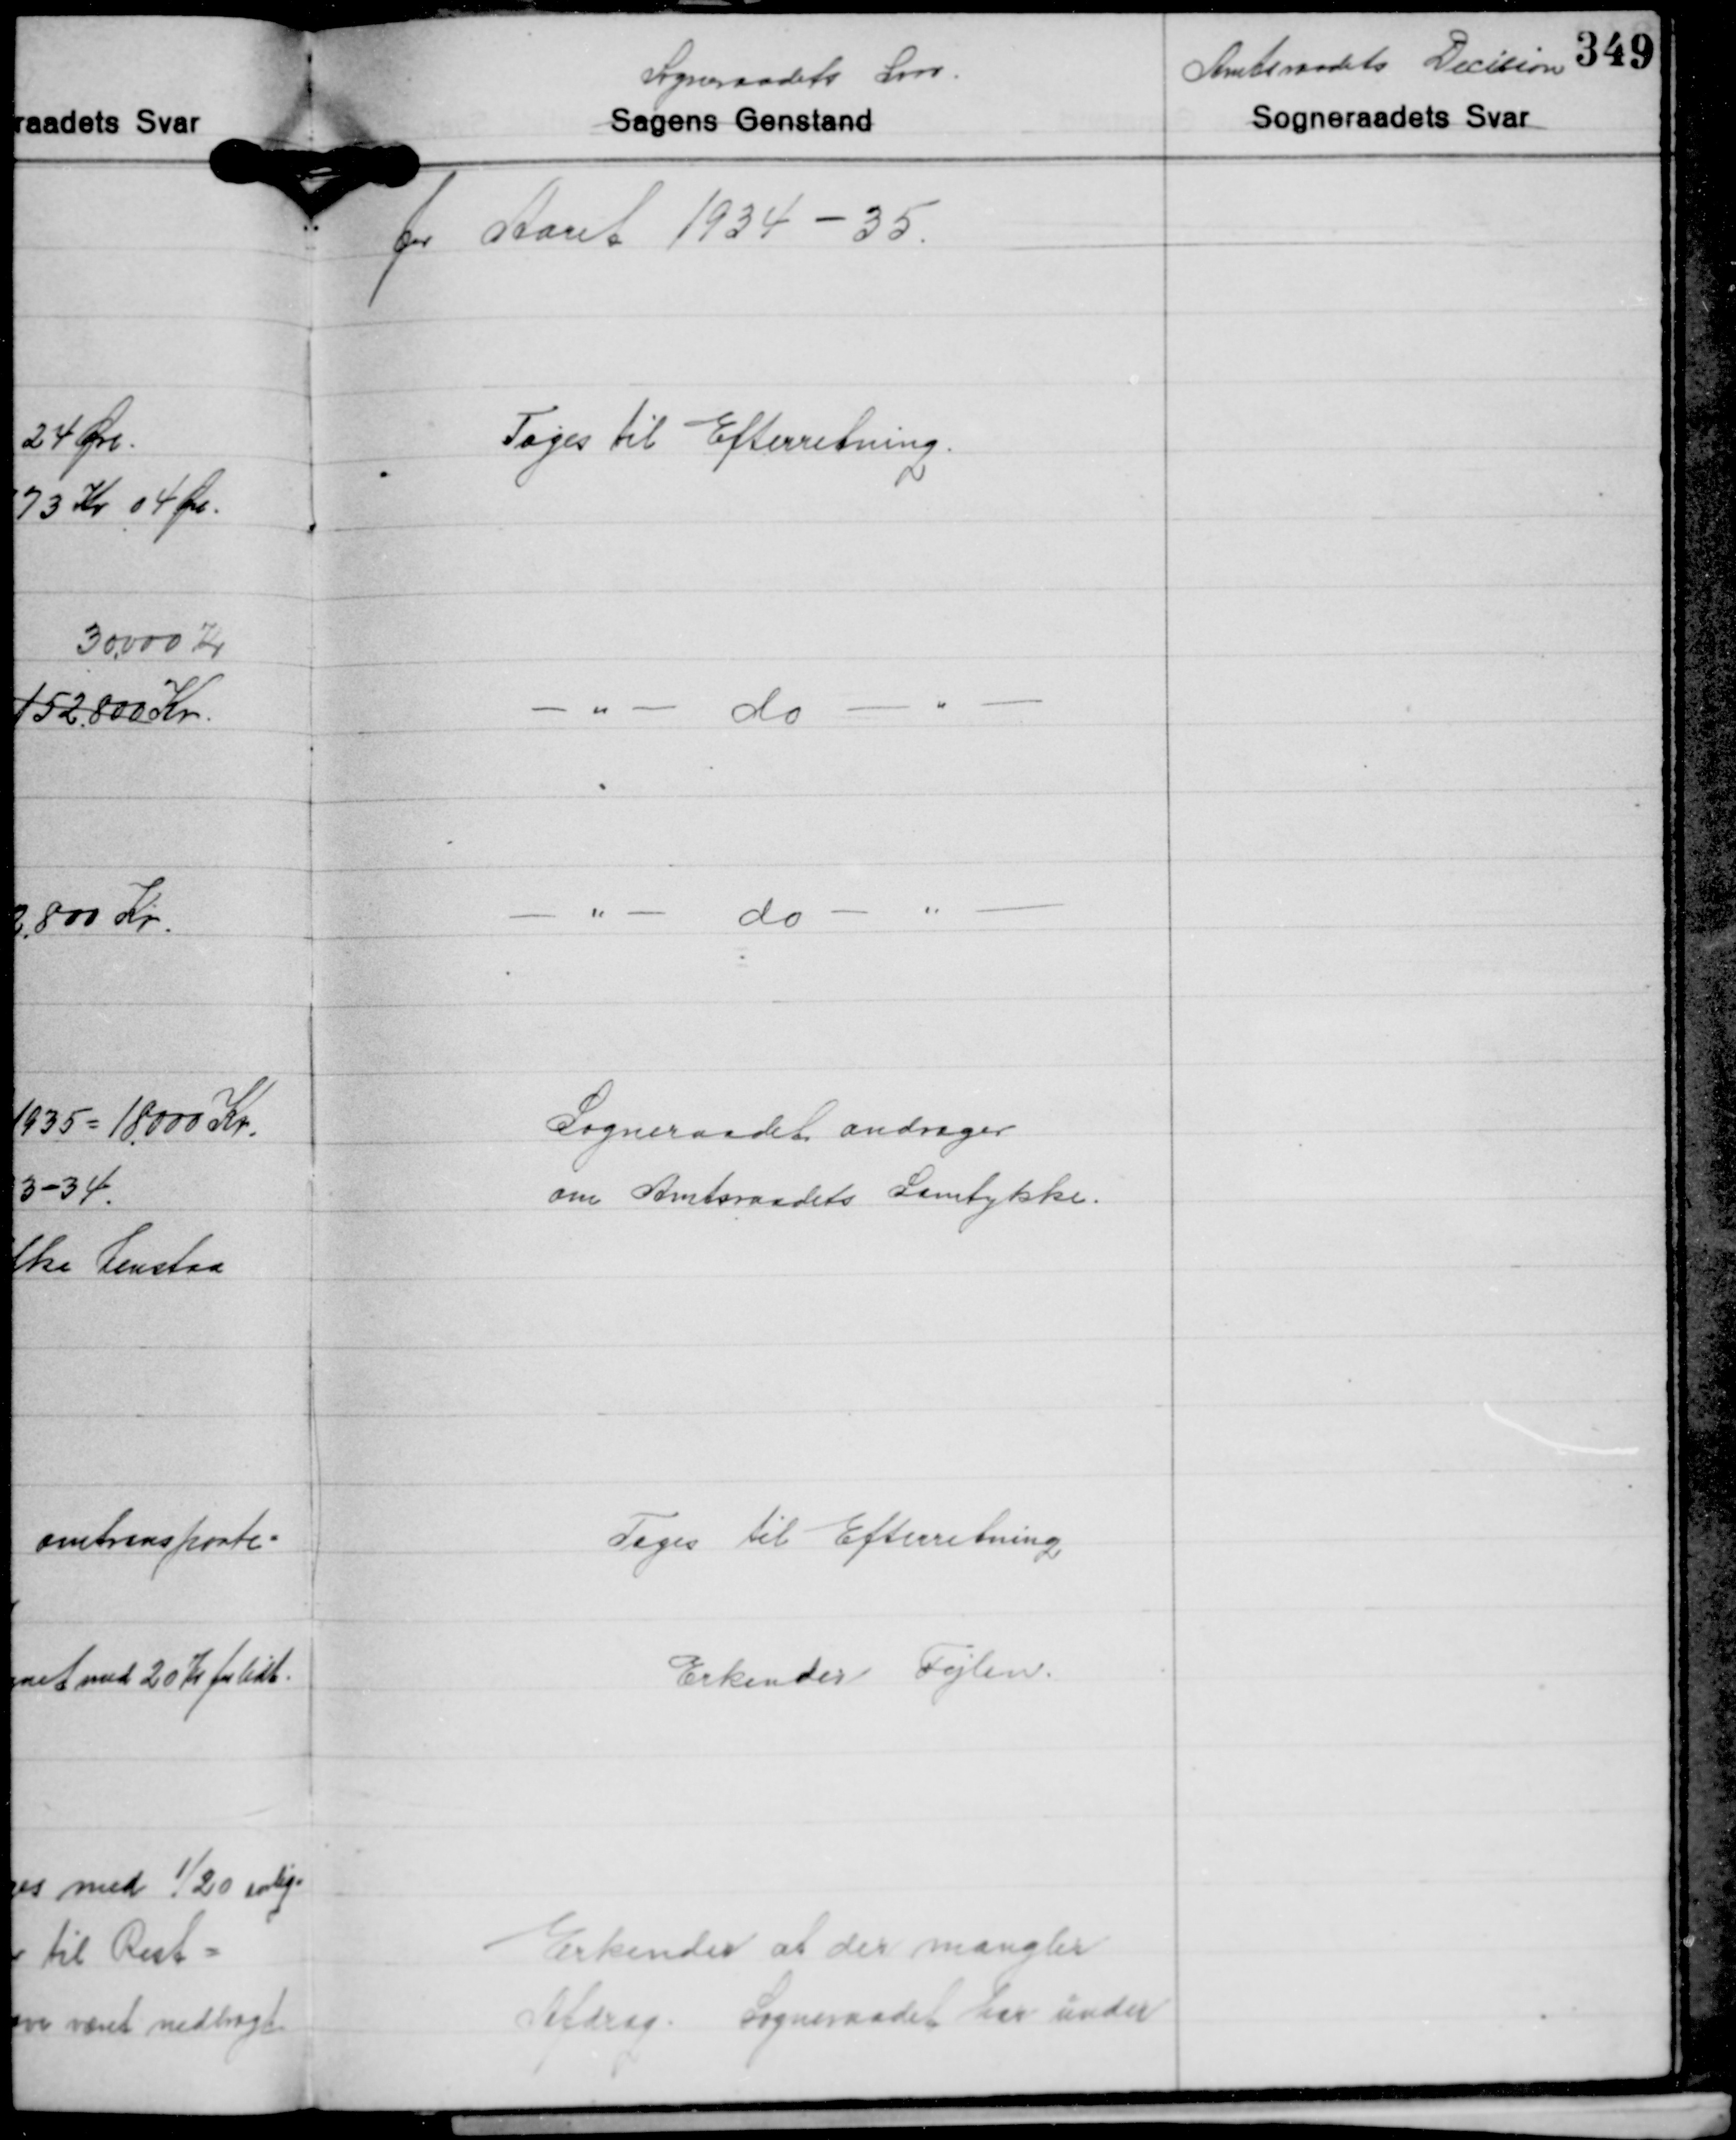
Transskription:
for Aaaret 1934-35.

Toges til Efterretning.

- "- do - " -

- "- do - " -

Sogneraadet andrager
om Amtsraadets Samtykke.

Toges til Efterretning

Erkender Fejlen.

Erkender at der mangler
Afdrag. Sogneraadet har under